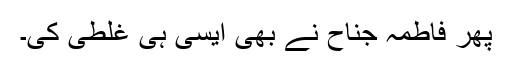
پھر فاطمہ جناح نے بھی ایسی ہی غلطی کی۔